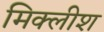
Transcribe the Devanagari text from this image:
मिक्लीश